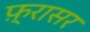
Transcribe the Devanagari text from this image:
फ़्रासर